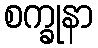
စက္ခုနာ